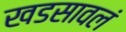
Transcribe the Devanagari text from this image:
खडसावलं